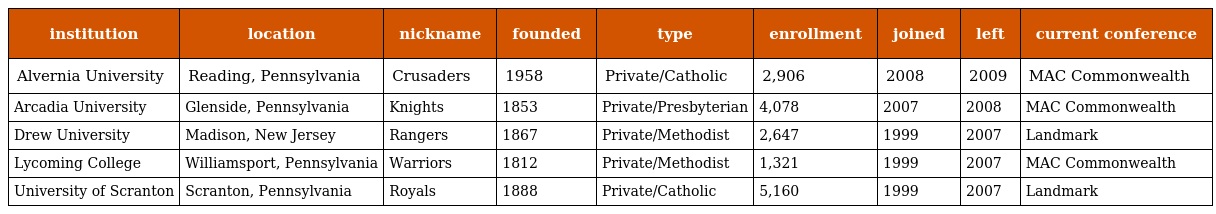
| institution | location | nickname | founded | type | enrollment | joined | left | current conference |
 | --- | --- | --- | --- | --- | --- | --- | --- | --- |
 | Alvernia University | Reading, Pennsylvania | Crusaders | 1958 | Private/Catholic | 2,906 | 2008 | 2009 | MAC Commonwealth |
 | Arcadia University | Glenside, Pennsylvania | Knights | 1853 | Private/Presbyterian | 4,078 | 2007 | 2008 | MAC Commonwealth |
 | Drew University | Madison, New Jersey | Rangers | 1867 | Private/Methodist | 2,647 | 1999 | 2007 | Landmark |
 | Lycoming College | Williamsport, Pennsylvania | Warriors | 1812 | Private/Methodist | 1,321 | 1999 | 2007 | MAC Commonwealth |
 | University of Scranton | Scranton, Pennsylvania | Royals | 1888 | Private/Catholic | 5,160 | 1999 | 2007 | Landmark |